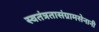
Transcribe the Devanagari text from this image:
स्वतंत्रतासंग्रामसेनानी